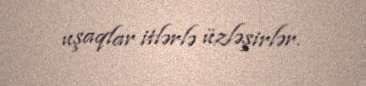
uşaqlar itlərlə üzləşirlər.